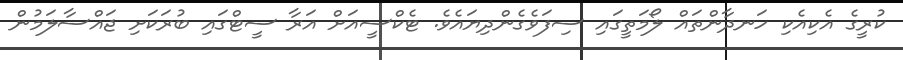
ކުރީގެ އެކިއެކި ހަނދާންތައް ލޯމަތީގައި ސިފަވެގެންދިޔައެވެ. ޓެކްސީއަށް އަރާ ސީޓްގައި ބުރަކަށި ޖައްސާލަމުން